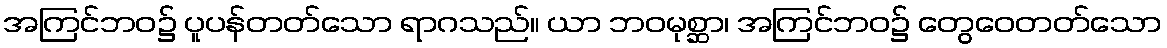
အကြင်ဘဝ၌ ပူပန်တတ်သော ရာဂသည်။ ယာ ဘဝမုစ္ဆာ၊ အကြင်ဘဝ၌ တွေဝေတတ်သော